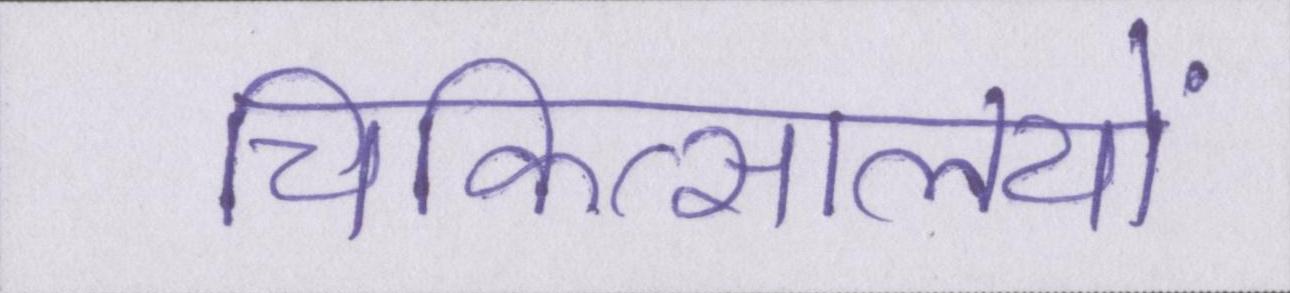
चिकित्सालयों